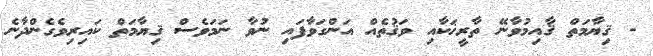
- ޤިޔާމަތް ޤާއިމުވާނޭ ތާރީޚަކާއި ވަޤުތެއް އަންގަވާފައި ނުވާ ނަމަވެސް ޤިޔާމަތް ކައިރިވެގެންދާނެ